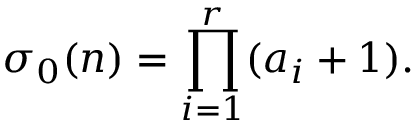
\sigma _ { 0 } ( n ) = \prod _ { i = 1 } ^ { r } ( a _ { i } + 1 ) .